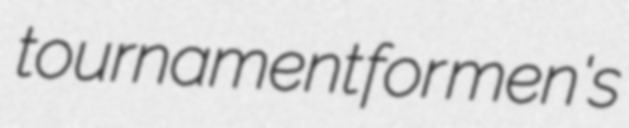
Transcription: tournament for men's